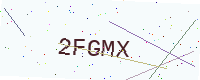
Text: 2FGMX